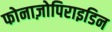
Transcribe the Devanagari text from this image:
फोनाज़ोपिराइडिन